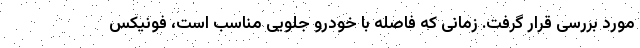
مورد بررسی قرار گرفت. زمانی که فاصله با خودرو جلویی مناسب است، فونیکس